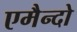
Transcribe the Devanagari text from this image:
एमैन्दो